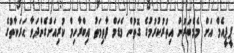
ޕީޕީއެމް އަށް މެމްބަރުން އިތުރުކުރުމުގެ ގޮތުން މެޑަމް ފާތިމަތު އިބްރާހިމް ކުރިއަށްގެންދަވާ ޙަރަކާތުގެ